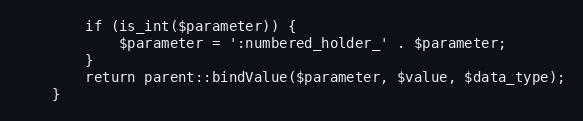
Language: PHP
        if (is_int($parameter)) {
            $parameter = ':numbered_holder_' . $parameter;
        }
        return parent::bindValue($parameter, $value, $data_type);
    }